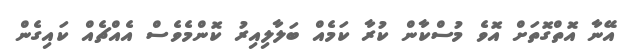
އޭނާ އޮތްގޮތަށް އޮވެ މުސްކާން ކުރާ ކަމެއް ބަލާލިއިރު ކޮންމެވެސް އެއްޗެއް ކައިގެން